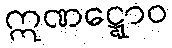
ဣဏဋ္ဋောဝ